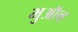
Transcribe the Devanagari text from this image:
मुऑव्ह